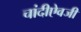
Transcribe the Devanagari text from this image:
चांदीऐवजी